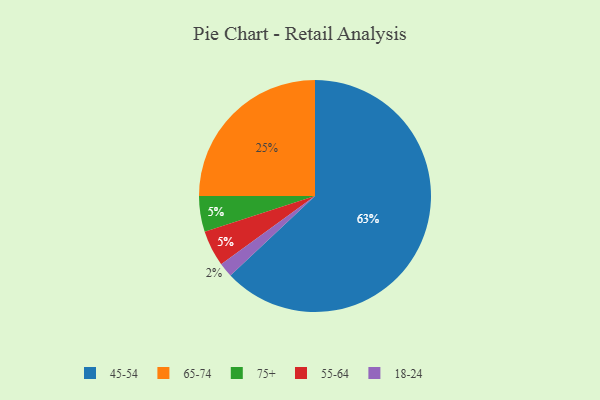
{"axis": {"x": "Category", "y": "Percentage"}, "legend": ["18-24", "45-54", "55-64", "65-74", "75+"], "data": [{"x": "75+", "y": 5, "type": "75+"}, {"x": "45-54", "y": 63, "type": "45-54"}, {"x": "65-74", "y": 25, "type": "65-74"}, {"x": "18-24", "y": 2, "type": "18-24"}, {"x": "55-64", "y": 5, "type": "55-64"}]}